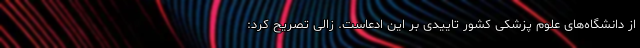
از دانشگاه‌های علوم پزشکی کشور تاییدی بر این ادعاست. زالی تصریح کرد: